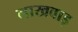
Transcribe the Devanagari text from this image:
लाखवाड़